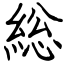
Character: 総